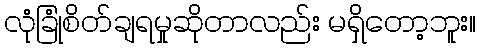
လုံခြုံစိတ်ချရမှုဆိုတာလည်း မရှိတော့ဘူး။